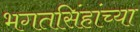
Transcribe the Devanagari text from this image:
भगतसिंहांच्या